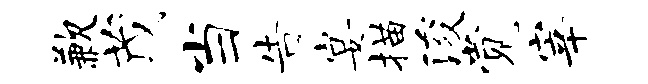
歉茂当告宴描浚觉宰